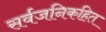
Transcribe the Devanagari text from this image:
सर्वजनिकहित